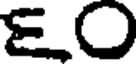
EO